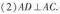
(2)AD \bot AC.